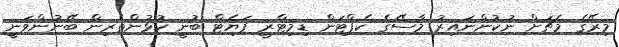
މިރޭގެ މެޗަށް ނުކުންނައިރު މާސޭގެ ކެޕްޓަން ޑިމިޓްރީ ޕަޔެޓް ބުނީ ކުޅުންތެރިން ބޭނުންވަނީ